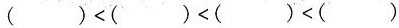
$$（）＜（）＜（）＜（）$$